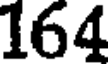
164